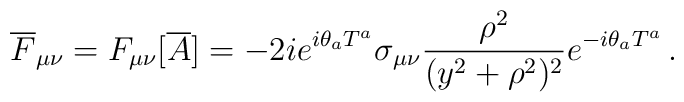
{\overline F}_{\mu\nu} = F_{\mu\nu}[{\overline A}] = -2i	e^{i\theta_{a}T^{a}} \sigma_{\mu\nu} 	\frac{\rho^{2}}{(y^{2}+\rho^{2})^{2}} e^{-i\theta_{a}T^{a}} \, .